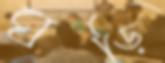
ঘড়ি